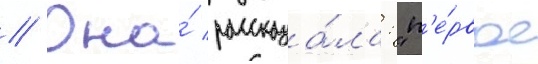
// Она́ рассказа́ла: "п'е́рвое